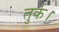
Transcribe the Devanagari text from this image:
तुर्क।